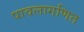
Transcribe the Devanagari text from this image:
पावलागणित